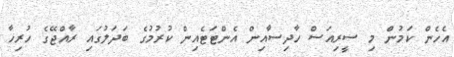
އެހެން ކަމުން މި ސީރިއަސް ހާދިސާއިން އެންޓަޓެއިން ކުރުމުގެ ބަދަލުގައި ރާއްޖޭގެ ހުރިހާ